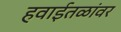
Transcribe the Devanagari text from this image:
हवाईतळांवर